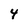
Character: 4